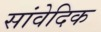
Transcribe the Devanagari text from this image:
सांवेदिक